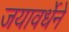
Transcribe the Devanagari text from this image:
जयावर्धेने